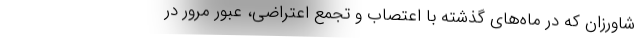
شاورزان که در ماه‌های گذشته با اعتصاب‌ و تجمع اعتراضی، عبور مرور در